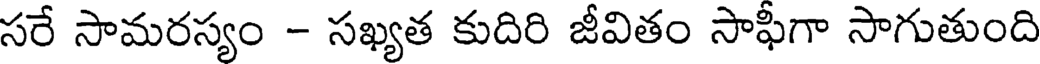
సరే సామరస్యం - సఖ్యత కుదిరి జీవితం సాఫిగా సాగుతుంది